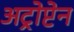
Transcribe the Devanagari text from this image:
अट्रोप्टेन